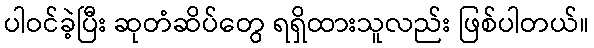
ပါဝင်ခဲ့ပြီး ဆုတံဆိပ်တွေ ရရှိထားသူလည်း ဖြစ်ပါတယ်။